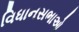
વિધાનસભાઓ